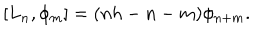
LaTeX: [ L _ { n } , \phi _ { m } ] = ( n h - n - m ) \phi _ { n + m } .